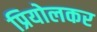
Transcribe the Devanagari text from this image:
प्रियोलकर